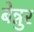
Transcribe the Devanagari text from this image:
बेन्नुर